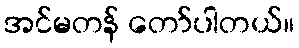
အင်မတန် တော်ပါတယ်။